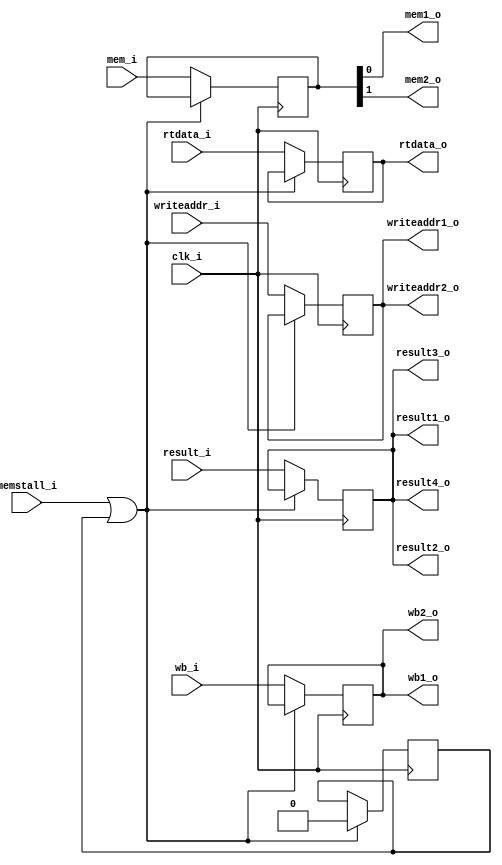
module EX_MEM
(
	memstall_i,
	clk_i,
	wb_i,
	mem_i,
	result_i,
	rtdata_i,
	writeaddr_i,
	wb1_o,
	wb2_o,
	mem1_o,
	mem2_o,
	result1_o,
	result2_o,
	result3_o,
	result4_o,
	rtdata_o,
	writeaddr1_o,
	writeaddr2_o
);

input			memstall_i;
input			clk_i;
input	[1:0]	wb_i;
input	[1:0]	mem_i;
input	[31:0]	result_i, rtdata_i;
input	[4:0]	writeaddr_i;
output	[1:0]	wb1_o, wb2_o;
output			mem1_o, mem2_o;
output	[31:0]	result1_o, result2_o, result3_o, result4_o, rtdata_o;
output	[4:0]	writeaddr1_o, writeaddr2_o;

reg 	[1:0]	wb;
reg		[1:0]	mem;
reg 	[31:0]	result, rtdata;
reg		[4:0]	writeaddr;

assign wb1_o = wb;
assign wb2_o = wb;
assign mem1_o = mem[0];
assign mem2_o = mem[1];
assign result1_o = result;
assign result2_o = result;
assign result3_o = result;
assign result4_o = result;
assign rtdata_o = rtdata;
assign writeaddr1_o = writeaddr;
assign writeaddr2_o = writeaddr;

reg ini;
initial begin
	ini = 1;
end

always@(posedge clk_i) begin
	if (memstall_i | ini)
		begin
			ini <= 0;
		end
	else
		begin
			wb <= wb_i;
			mem <= mem_i;
			result <= result_i;
			rtdata <= rtdata_i;
			writeaddr <= writeaddr_i;
		end

end

endmodule